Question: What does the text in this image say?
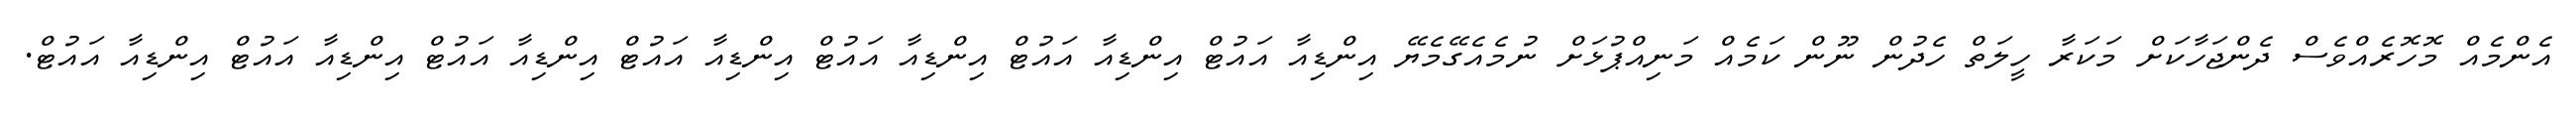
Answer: އެންމެއް މޮހޮރެއްވެސް ދެންޖަހާކަށް މަކަރާ ހީލަތް ހެދުން ނޫން ކަމެއް މަނިއްޕުޅަށް ނުމެއެގޭމެޔޭ އިންޑިއާ އައުޓް އިންޑިއާ އައުޓް އިންޑިއާ އައުޓް އިންޑިއާ އައުޓް އިންޑިއާ އައުޓް އިންޑިއާ އައުޓް އިންޑިއާ އައުޓް.